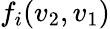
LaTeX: f_{i}(v_{2},v_{1})